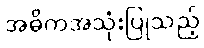
အဓိကအသုံးပြုသည့်